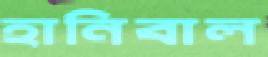
হানিবাল